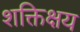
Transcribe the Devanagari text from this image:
शक्तिक्षय